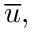
{ \overline { { u } } } ,